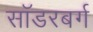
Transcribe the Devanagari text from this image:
सॉडरबर्ग